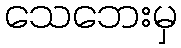
သေဘေးမှ